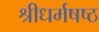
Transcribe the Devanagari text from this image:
श्रीधर्मषष्ठ